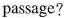
passage?